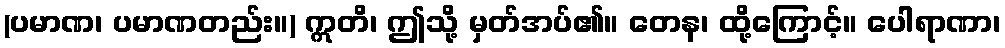
(ပမာဏ၊ ပမာဏတည်း။) ဣတိ၊ ဤသို့ မှတ်အပ်၏။ တေန၊ ထို့ကြောင့်။ ပေါရာဏာ၊